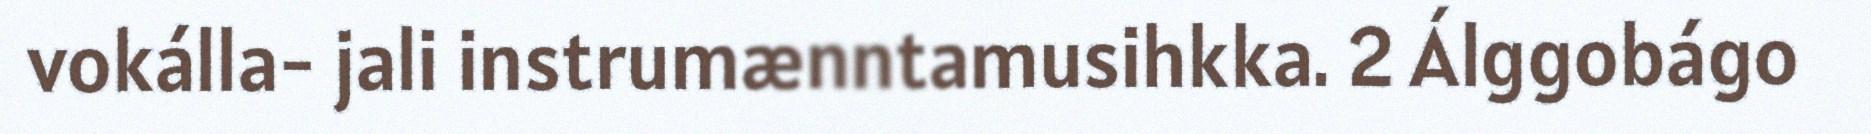
vokálla- jali instrumænntamusihkka. 2 Álggobágo